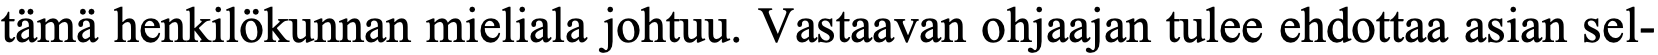
tämä henkilökunnan mieliala johtuu. Vastaavan ohjaajan tulee ehdottaa asian sel-